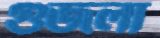
গুজলা